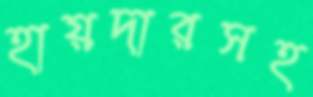
হায়দারসহ